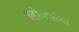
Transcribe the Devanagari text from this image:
ल्होतशांपा